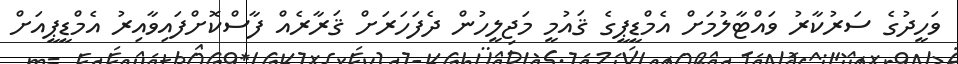
ވަހީދުގެ ސަރުކާރު ވައްޓާލުމަށް އެމްޑީޕީގެ ޤައުމީ މަޖިލީހުން ދެފަހަރަށް ޤަރާރެއް ފާސްކޮށްފައިވާއިރު އެމްޑީޕީއަށް